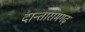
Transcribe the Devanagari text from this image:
दान्तारामगढ़